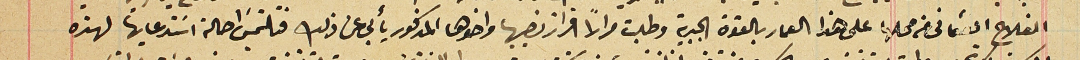
الفلاح العثمانى من محلها على هذا العمار بالقوة الجبرية وطلبت مراراً افراز نصيبها واخوها المذكور يأبى عن ذلك فتلتمسَ احالة اسَتدعايها لهذه